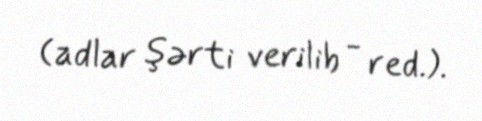
(adlar şərti verilib - red.).